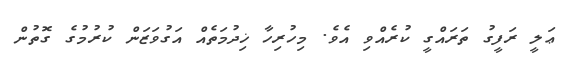
ޢަލީ ރަފީގު ތަރައްގީ ކުރެއްވި އެވެ. މިހުރިހާ ޚިދުމަތެއް އަގުވަޒަން ކުރުމުގެ ގޮތުން